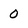
Character: 0